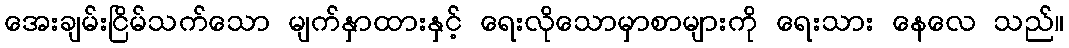
အေးချမ်းငြိမ်သက်သော မျက်နှာထားနှင့် ရေးလိုသောမှာစာများကို ရေးသား နေလေ သည်။